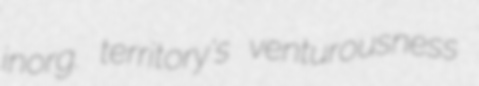
inorg. territory's venturousness